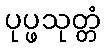
ပုပ္ဖသုတ္တံ